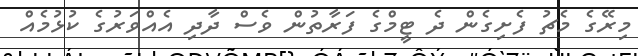
މިރޭގެ މެޗު ފެށިގެން ދެ ޓީމްގެ ފަރާތުން ވެސް ދާދި އެއްވަރުގެ ކުޅުމެއް